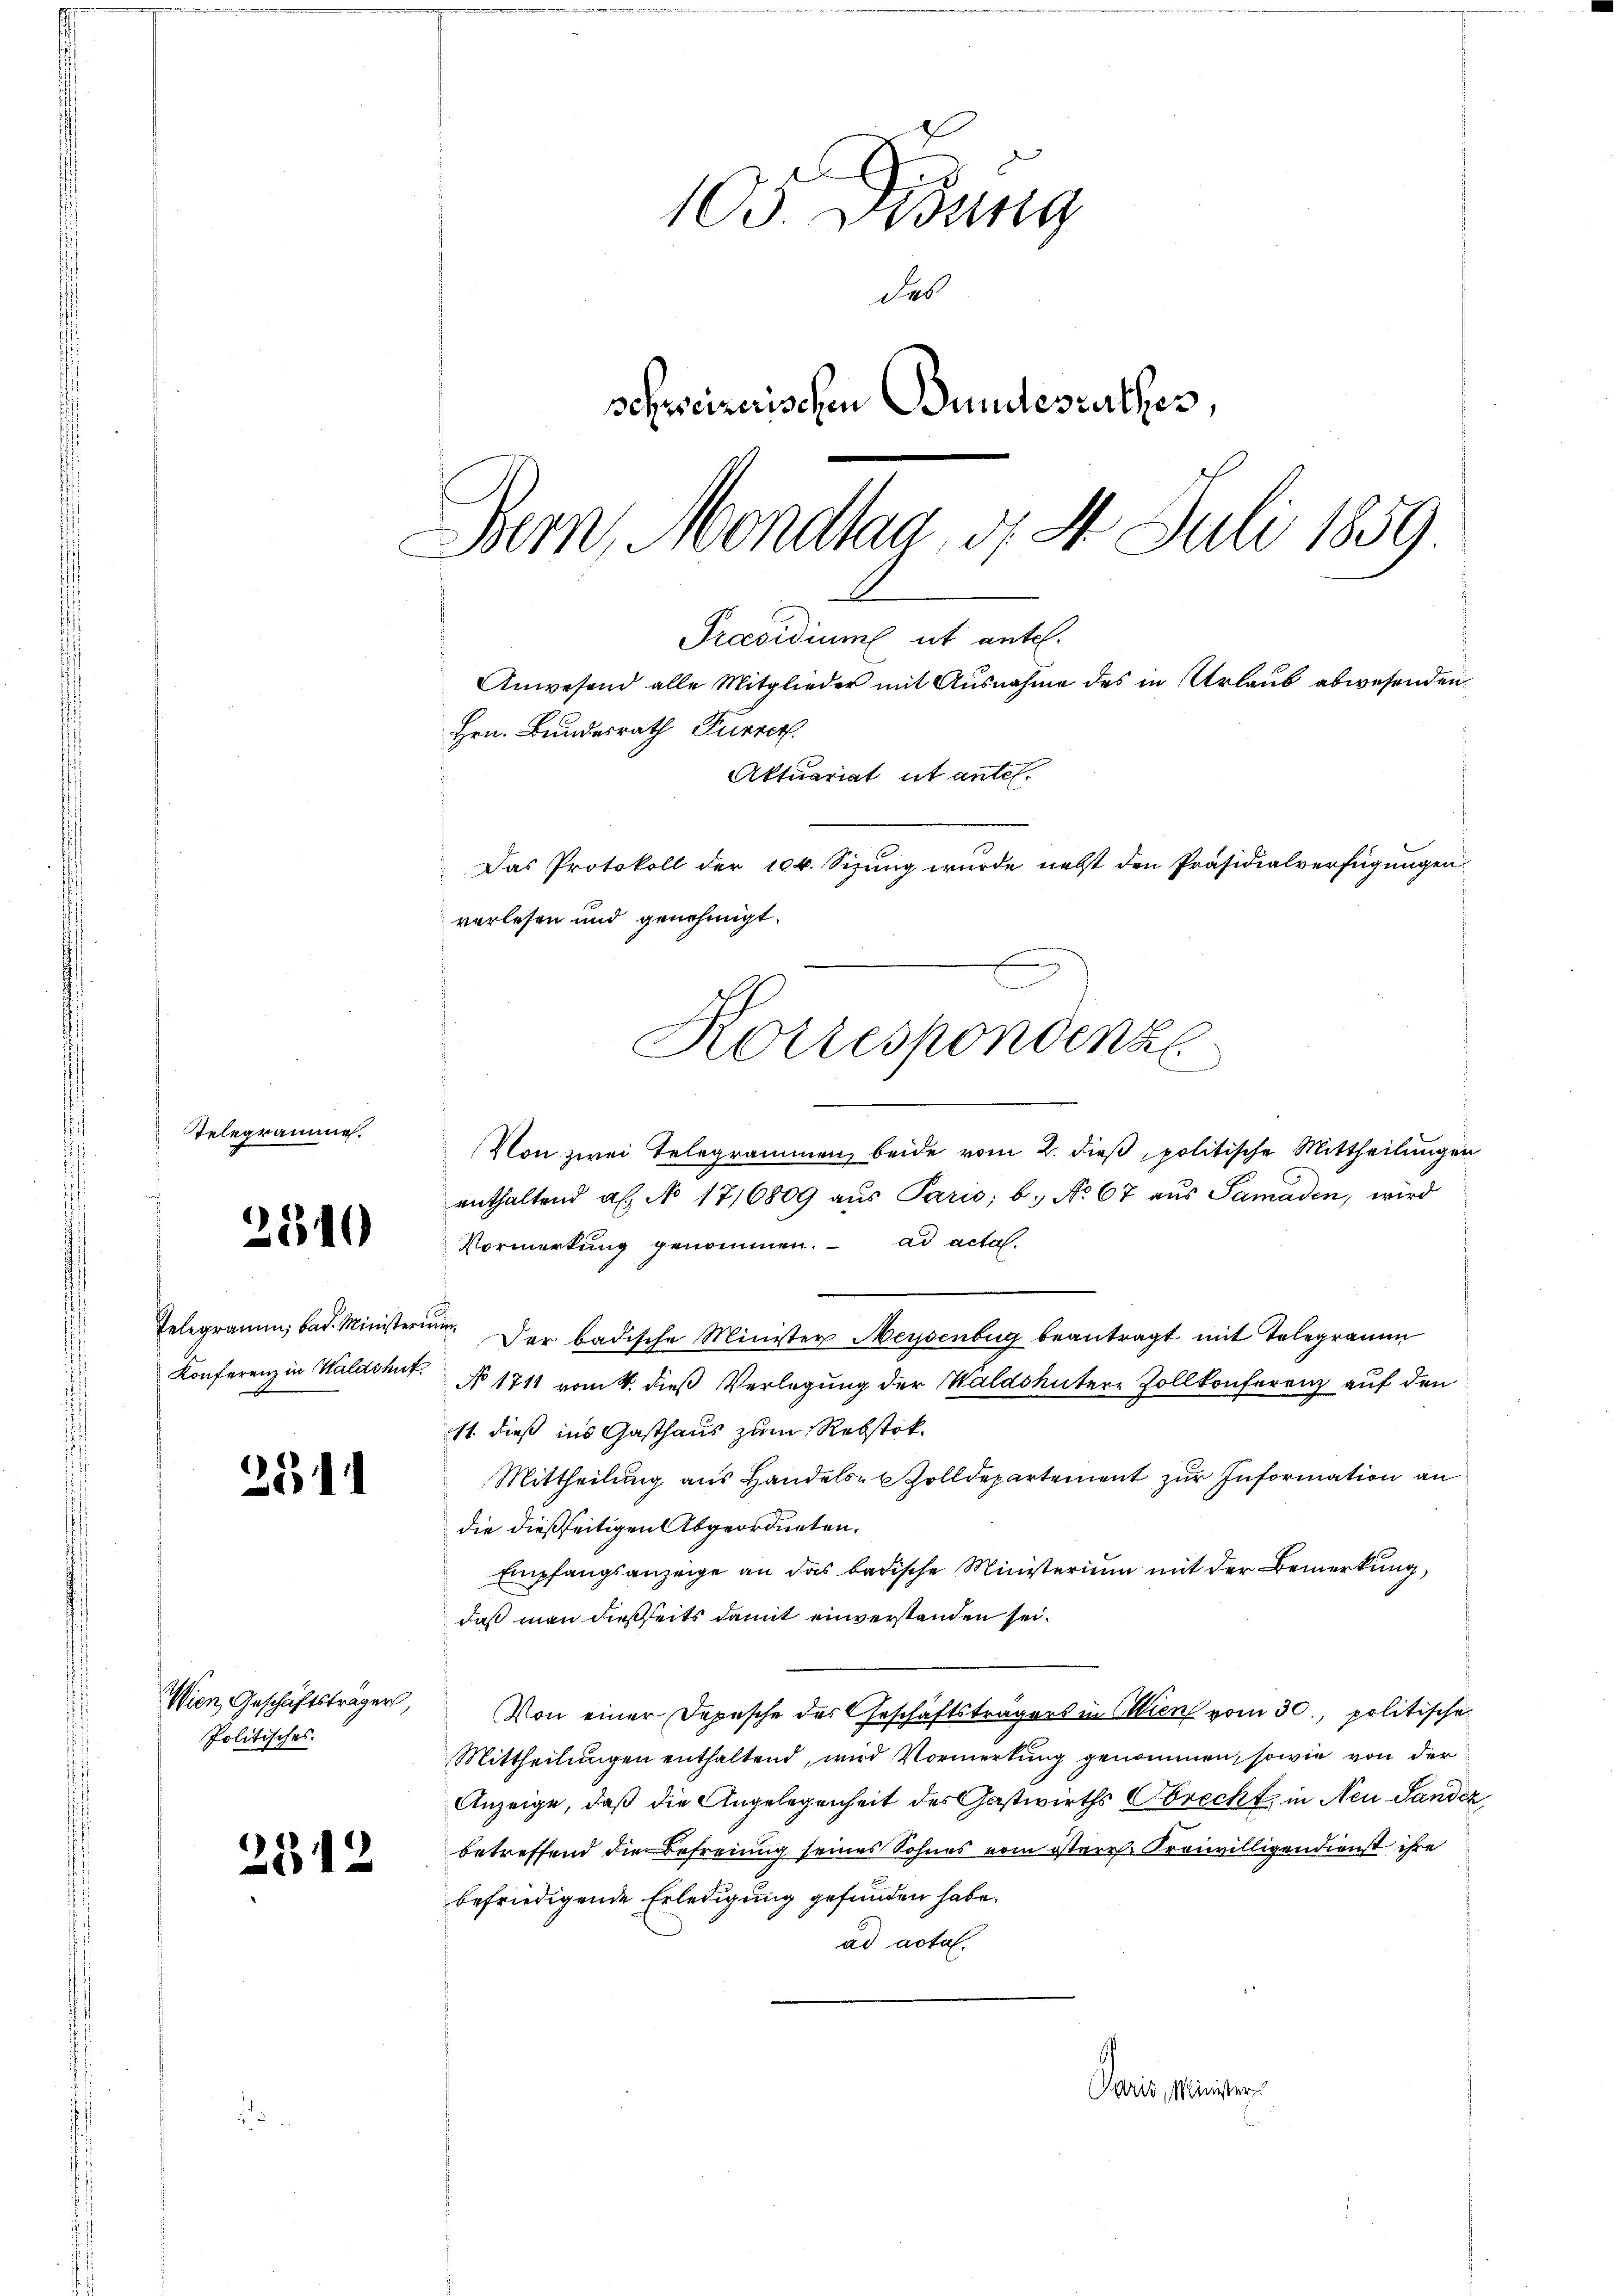
Telegrai

2340

3

231

Wien Geschäftsträger,
Politisches.

105. Didung
des
schweizerischen Bundesrathes,
Bern, Mondtag, d. 4. Juli 1859

Hrn. Bundesrath Furrer
Aktuariat et antel.
Das Protokoll der 104. Sizung wurde nebst den Präsidialverfügungen
verlesen und genehmigt.
Korrespondenz
e

Von zwei Telegrammen beide vom 2. dieß, politische Mittheilungen
enthaltend als No 1716809 aŭs Paris; b. No 67 aŭs Samaden, wird
Vormerkung genommen. ad acta.
Telegramm bad. Ministerium. Der badische Minister Meysenburg beantragt mit Telegramm
Konferenz in Waldshut. No 1711 vom 4. dieß Verlegung der Waldshuter-Zollkonferenz auf den
11. dieß ins Gasthaus zum Rebstok¬
Mittheilung aus Handelst Zolldepartement zur Information an
die dießseitigen Abgeordneten.
Empfangsanzeige an das badische Ministerium mit der Bemerkung,
daß man dießseits damit einverstanden sei.
Von einer Depesche des Geschäftsträgers in Clien vom 30. politische
Mittheilungen enthaltend, wird Vormerkung genommen, sowie von der
Anzeige, daß die Angelegenheit des Gastwirths Obrecht in Neu Sandez
betreffend die Befreiung seines Sohnes vom österes Freiwilligendienst ihre
befriedigende Erledigung gefunden habe.
ad acta.
Paris, Minister

Praesidium ut antel.
Anwesend alle Mitglieder mit Ausnahme des in Urlaub abwesenden